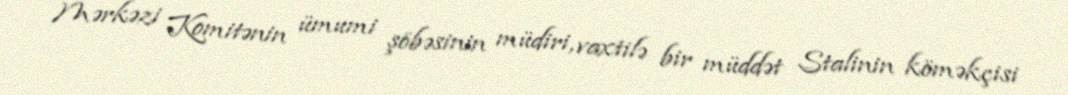
Mərkəzi Komitənin ümumi şöbəsinin müdiri, vaxtilə bir müddət Stalinin köməkçisi